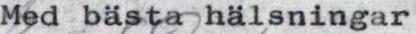
Med bästa hälsningar